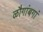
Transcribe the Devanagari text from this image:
ळौगांबगां